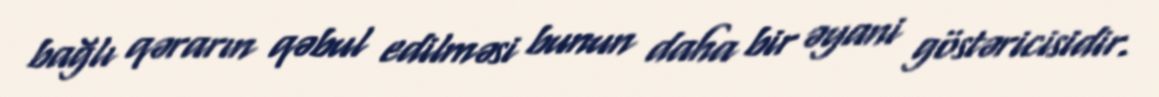
bağlı qərarın qəbul edilməsi bunun daha bir əyani göstəricisidir.